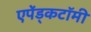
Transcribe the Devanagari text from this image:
एपेंड्कटॉमी